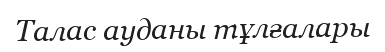
Талас ауданы тұлғалары